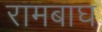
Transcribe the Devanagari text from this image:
रामबाघ